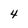
Character: 4